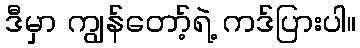
ဒီမှာ ကျွန်တော့်ရဲ့ ကဒ်ပြားပါ။